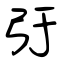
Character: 弙